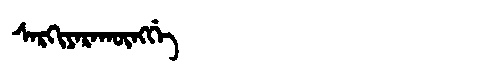
Manchu: ᠰᠠᡵᡴᡳᠶᠠᡵᠠᡴᡡᠩᡤᡝ
Romanization: SARKIYARAKŪNGGE